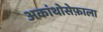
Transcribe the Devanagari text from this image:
अकांथोसेफ़ाला